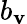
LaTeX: b_{\mathbf{v}}